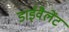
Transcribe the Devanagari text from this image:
डाईवैलेंट